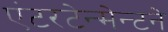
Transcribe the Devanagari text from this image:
एंटरटेन्मेन्टने